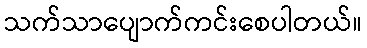
သက်သာပျောက်ကင်းစေပါတယ်။